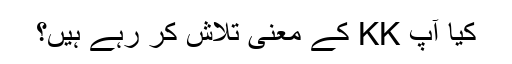
کیا آپ KK کے معنی تلاش کر رہے ہیں؟